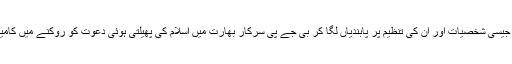
ڈاکٹر ذاکر نائیک جیسی شخصیات اور ان کی تنظیم پر پابندیاں لگا کر بی جے پی سرکار بھارت میں اسلام کی پھیلتی ہوئی دعوت کو روکنے میں کامیاب نہیں ہو سکتی۔